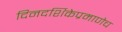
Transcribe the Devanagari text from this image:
दिनदर्शिकेप्रमाणेच